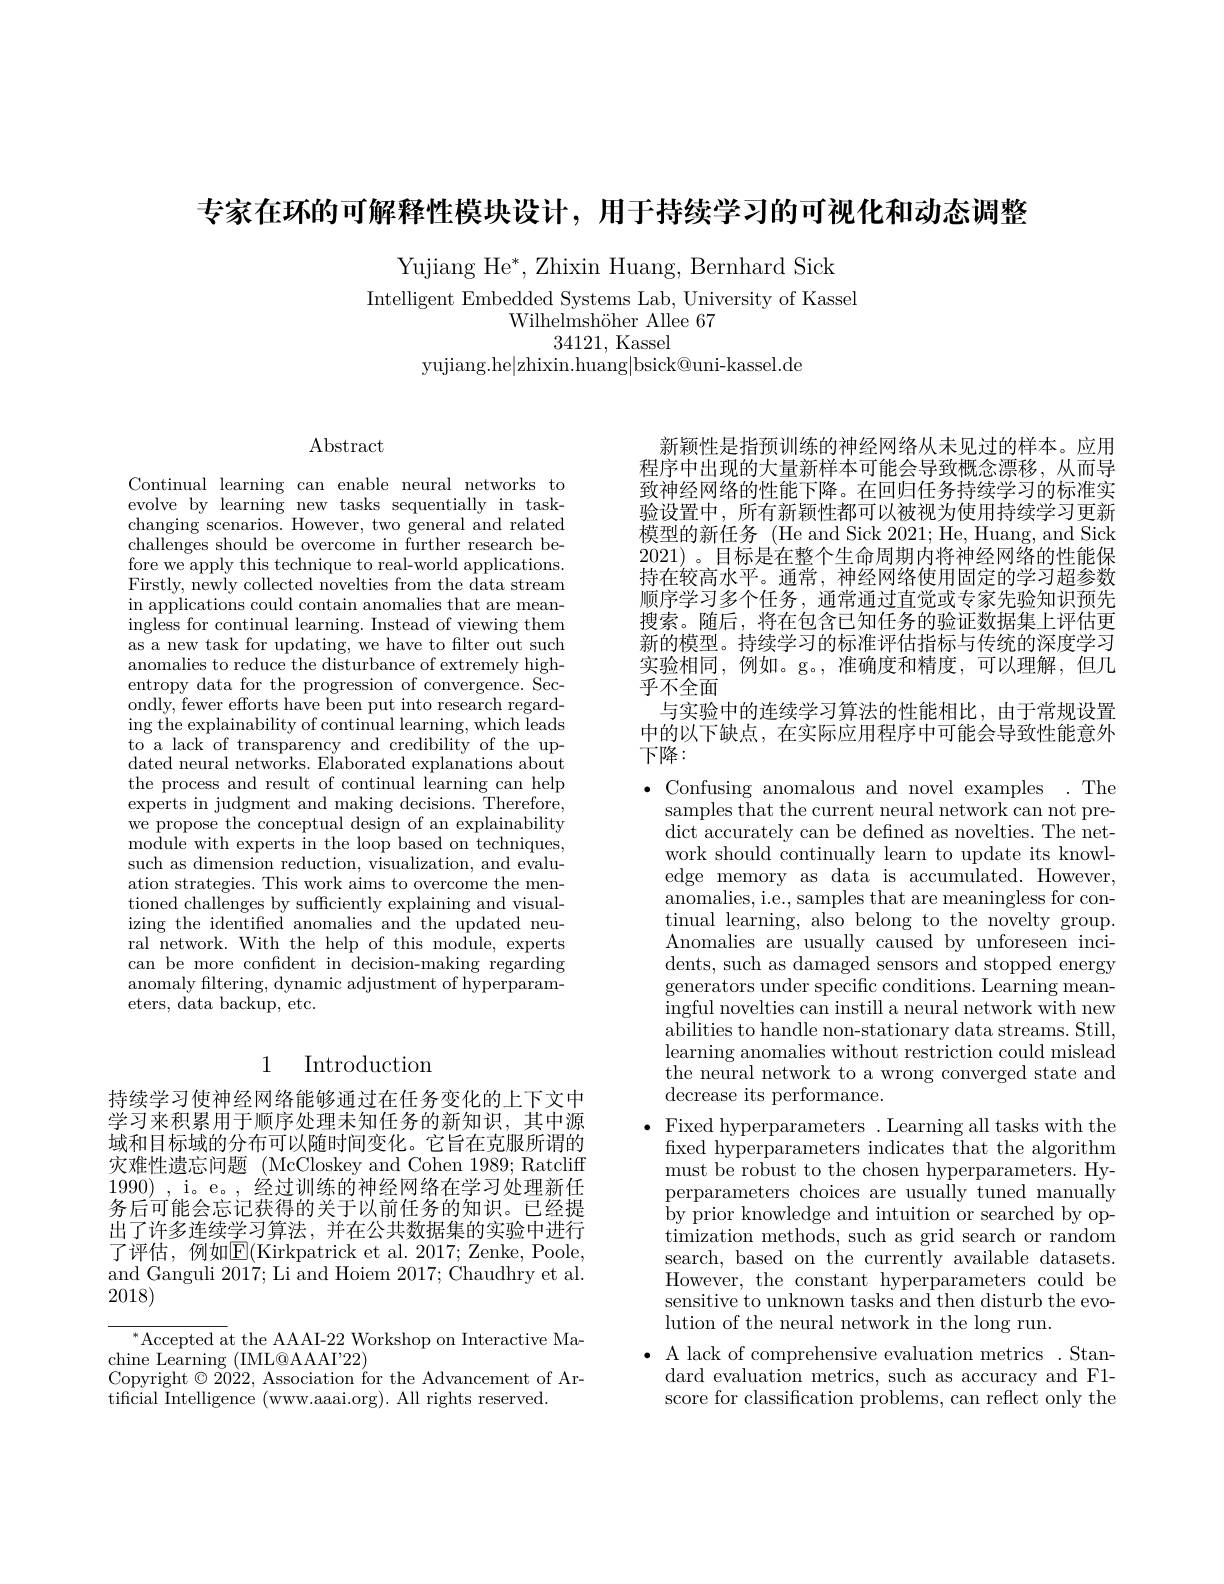
专家在环的可解释性模块设计，用于持续学习的可视化和动态调整

Yujiang He$^*$,Zhixin Huang, Bernhard Sick
Intelligent Embedded Systems Lab, University of Kassel
Wilhelmshöher Allee 67
34121, Kassel
yujiang.he|zhixin.huang|bsick@uni-kassel.de

$\operatorname{Abstract}$

Continual learning can enable neural networks to evolve by learning new tasks sequentially in taskchanging scenarios. However, two general and related challenges should be overcome in further research before we apply this technique to real-world applications. Firstly, newly collected novelties from the data stream in applications could contain anomalies that are meaningless for continual learning. Instead of viewing them as a new task for updating, we have to filter out such anomalies to reduce the disturbance of extremely highentropy data for the progression of convergence. Secondly, fewer efforts have been put into research regarding the explainability of continual learning, which leads to a lack of transparency and credibility of the updated neural networks. Elaborated explanations about the process and result of continual learning can help experts in judgment and making decisions. Therefore, we propose the conceptual design of an explainability module with experts in the loop based on techniques, such as dimension reduction, visualization, and evaluation strategies. This work aims to overcome the mentioned challenges by sufficiently explaining and visualizing the identified anomalies and the updated neural network. With the help of this module, experts can be more confdent in decision-making regarding anomaly filtering, dynamic adjustment of hyperparameters, data backup, etc.

## 1 Introduction

持续学习使神经网络能够通过在任务变化的上下文中学习来积累用于顺序处理未知任务的新知识，其中源域和目标域的分布可以随时间变化。它旨在克服所谓的灾难性遗忘问题 (McCloskey and Cohen 1989; Ratcliff 1990),i。e。, $ \bar{\text{经 过 训 练 的 神 经 网 络 在 学 习 处 理 新 任 }}$ 务后可能会忘记获得的关于以前任务的知识。已经提出了许多连续学习算法，并在公共数据集的实验中进行了评估，例如$\mathbb{E}($Kirkpatrick et al. 2017; Zenke, Poole, and Ganguli 2017; Li and Hoiem 2017; Chaudhry et al. 2018)

$^{*}$Accepted at the AAAI-22 Workshop on Interactive Ma-
chine Learning (IML@AAI'22)
Copyright $\odot 20\grave{2} 2, \text{Association \' {f}ortheAdvancementofAr- }$
tificial Intelligence (www.aaai.org). All rights reserved.

新颖性是指预训练的神经网络从未见过的样本。应用程序中出现的大量新样本可能会导致概念漂移，从而导致神经网络的性能下降。在回归任务持续学习的标准实验设置中，所有新颖性都可以被视为使用持续学习更新模型的新任务 (He and Sick 2021; He, Huang, and Sick 2021) 。目标是在整个生命周期内将神经网络的性能保持在较高水平。通常，神经网络使用固定的学习超参数顺序学习多个任务，通常通过直觉或专家先验知识预先搜索。随后，将在包含已知任务的验证数据集上评估更新的模型。持续学习的标准评估指标与传统的深度学习实验相同，例如。g。,准确度和精度，可以理解，但几乎不全面
与实验中的连续学习算法的性能相比，由于常规设置中的以下缺点，在实际应用程序中可能会导致性能意外下降：

$\bullet$ Confusing anomalous and novel examples .The
samples that the current neural network can not predict accurately can be defined as novelties. The network should continually learn to update its knowledge memory as data is accumulated. However, anomalies, i.e., samples that are meaningless for continual learning, also belong to the novelty group. Anomalies are usually caused by unforeseen incidents, such as damaged sensors and stopped energy generators under specific conditions. Learning meaningful novelties can instill a neural network with new abilities to handle non-stationary data streams. Still, learning anomalies without restriction could mislead the neural network to a wrong converged state and decrease its performance.
$\bullet$ Fixed hyperparameters .Learning all tasks with the fxed hyperparameters indicates that the algorithm must be robust to the chosen hyperparameters. Hyperparameters choices are usually tuned manually by prior knowledge and intuition or searched by optimization methods, such as grid search or random search, based on the currently available datasets. However, the constant hyperparameters could be sensitive to unknown tasks and then disturb the evolution of the neural network in the long run.
$\bullet$ A lack of comprehensive evaluation metrics. Stan-
dard evaluation metrics, such as accuracy and F1- score for classification problems, can reflect only the